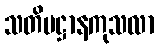
သတိပဋ္ဌာနကုသလာ